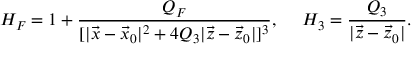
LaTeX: H _ { F } = 1 + { \frac { Q _ { F } } { [ | \vec { x } - \vec { x } _ { 0 } | ^ { 2 } + 4 Q _ { 3 } | \vec { z } - \vec { z } _ { 0 } | ] ^ { 3 } } } , \ \ \ \ H _ { 3 } = { \frac { Q _ { 3 } } { | \vec { z } - \vec { z } _ { 0 } | } } .